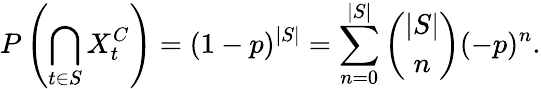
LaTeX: P\left(\bigcap_{t\in S}X_{t}^{C}\right)=(1-p)^{|S|}=\sum_{n=0}^{|S|}{\binom{|S|}{n}}(-p)^{n}.